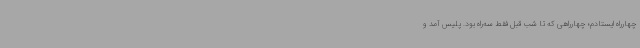
چهارراه ایستادم؛ چهارراهی که تا شب قبل فقط سه‌راه بود. پلیس آمد و